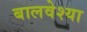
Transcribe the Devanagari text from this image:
बालवेश्या